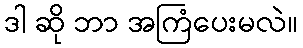
ဒါ ဆို ဘာ အကြံပေးမလဲ။